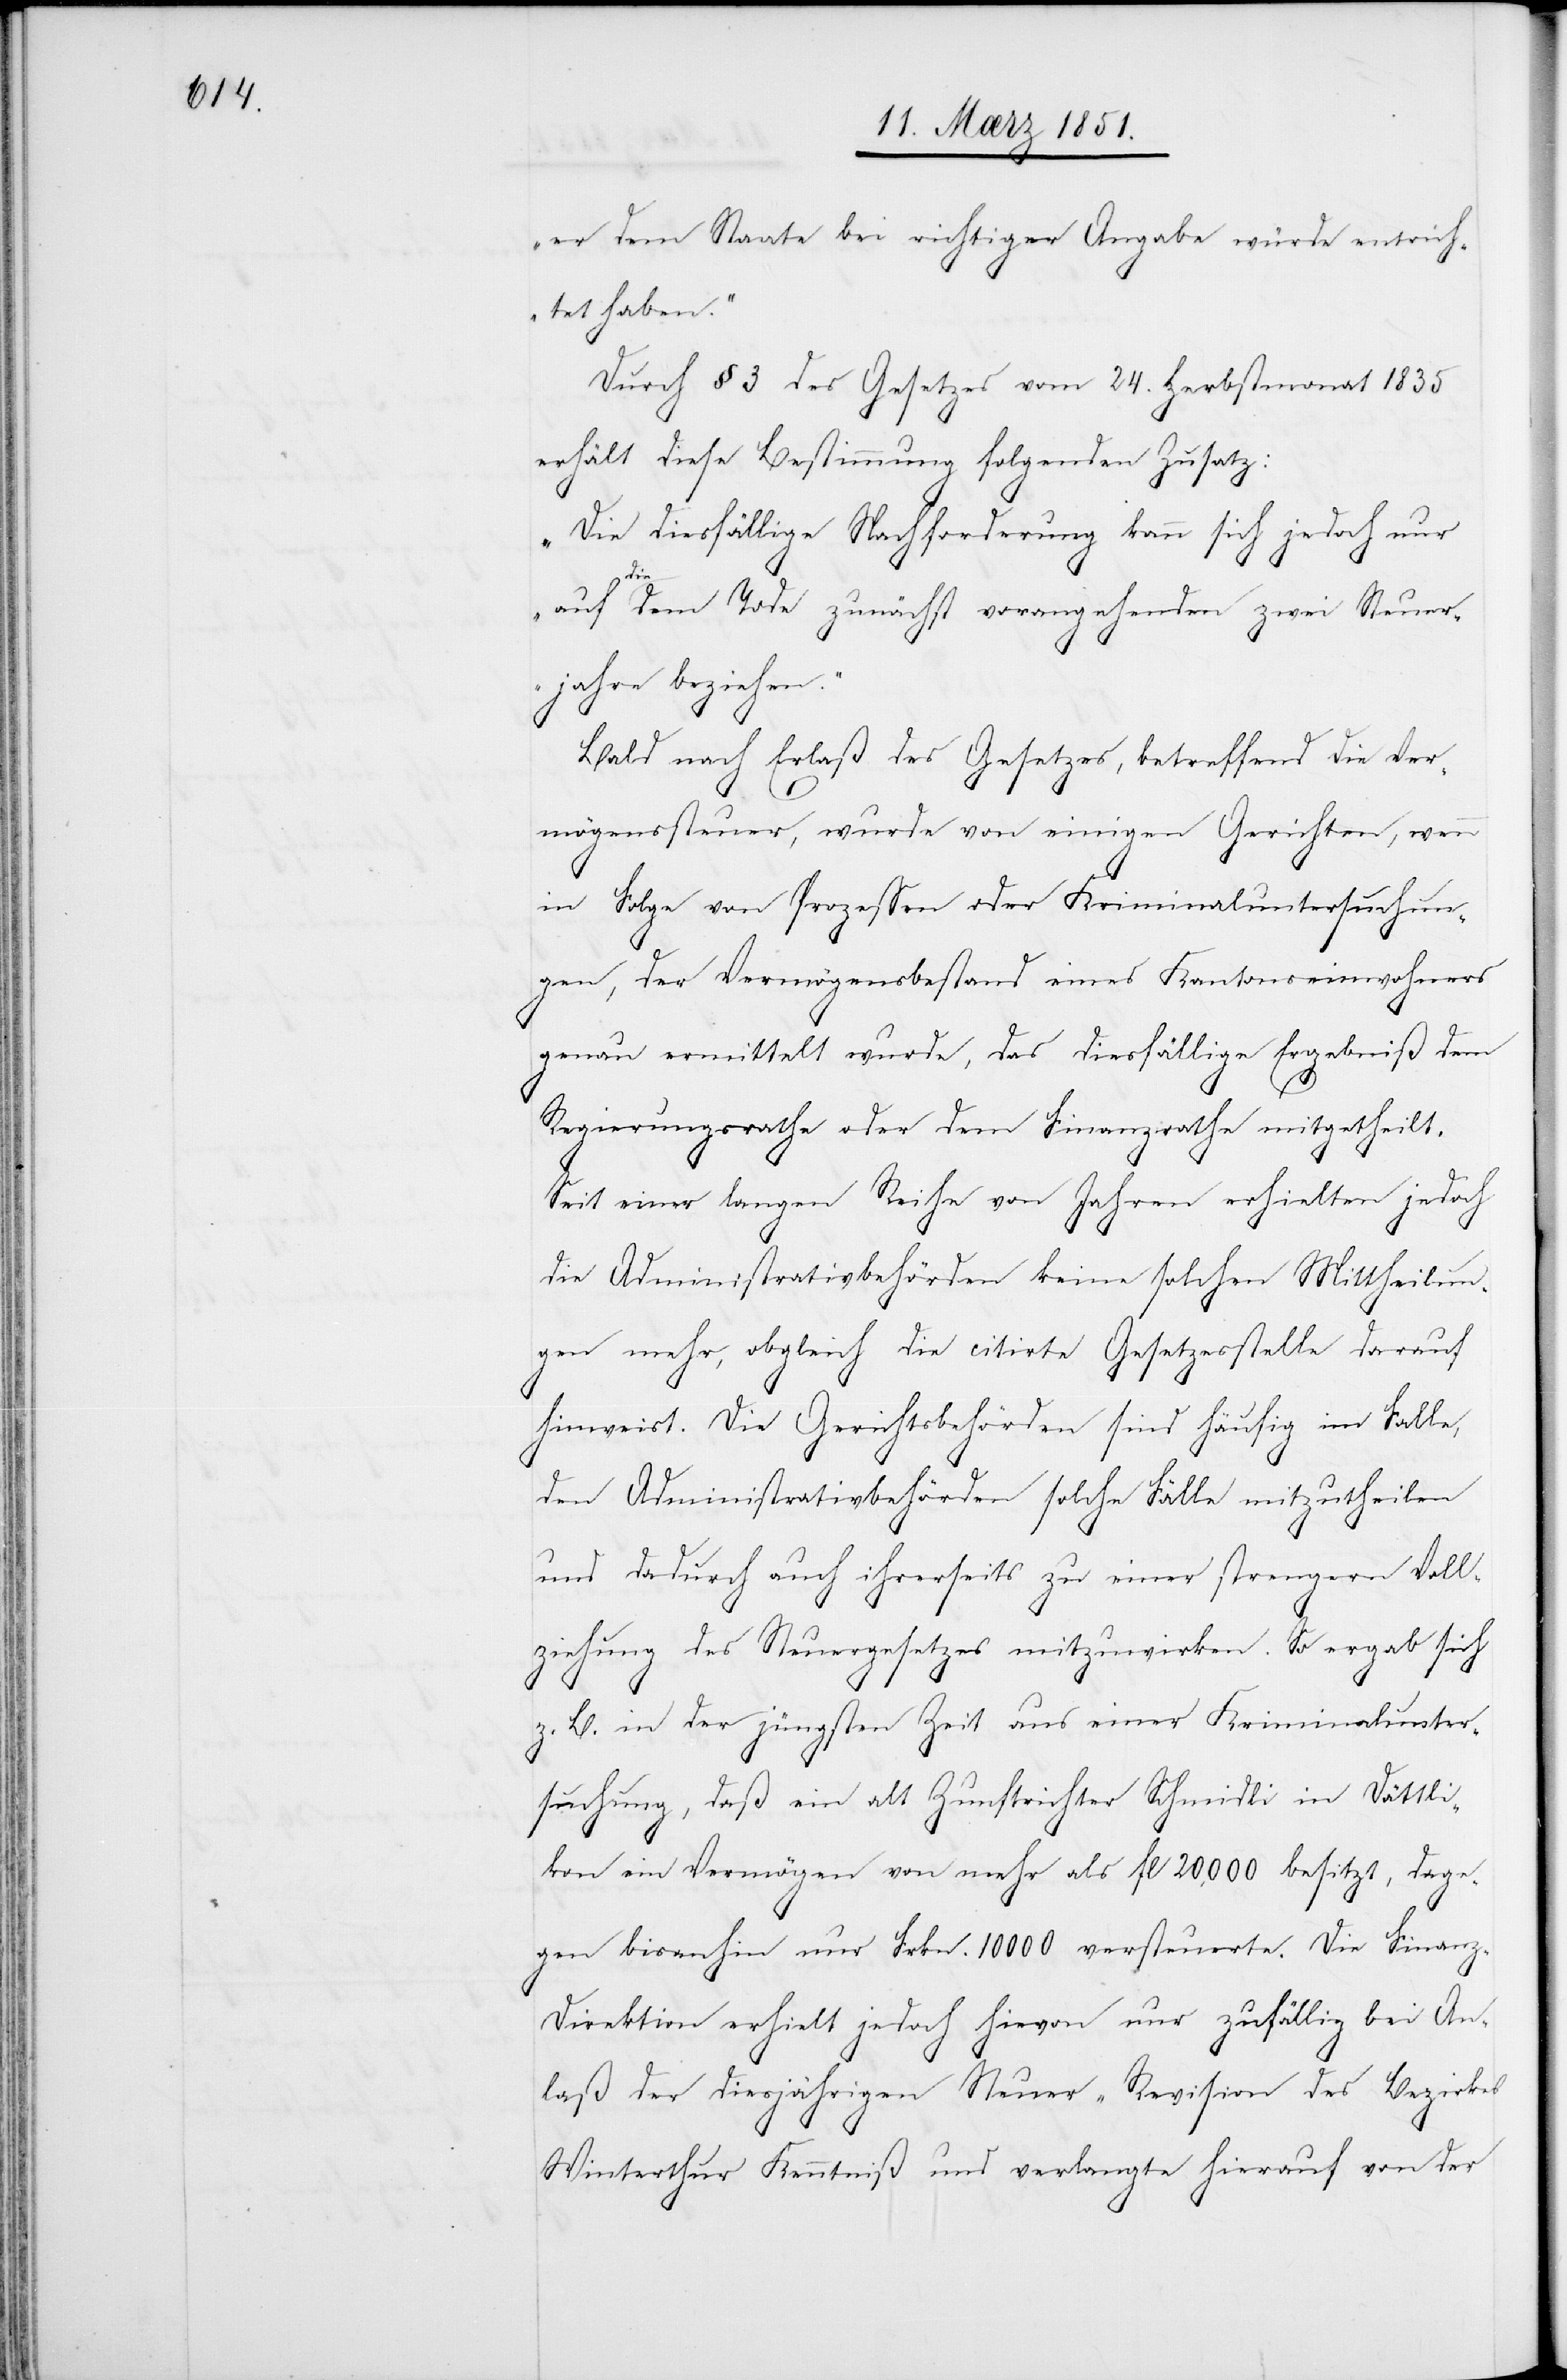
er dem Staate bei richtiger Angabe würde entrich¬
tet haben.“
Durch § 3 des Gesetzes vom 24. Herbstmonat 1835
erhält diese Bestimmung folgenden Zusatz:
„Die diesfällige Nachforderung kann sich jedoch nur
auf die dem Tode zunächst vorangehenden zwei Steuer¬
jahre beziehen.“
Bald nach Erlaß des Gesetzes, betreffend die Ver¬
mögenssteuer, wurde von einigen Gerichten, wenn
in Folge von Prozessen oder Kriminaluntersuchun¬
gen, der Vermögensbestand eines Kantonseinwohners
genau ermittelt wurde, das diesfällige Ergebniß dem
Regierungsrathe oder dem Finanzrathe mitgetheilt.
Seit einer langen Reihe von Jahren erhielten jedoch
die Administrativbehörden keine solchen Mittheilun¬
gen mehr, obgleich die citirte Gesetzesstelle darauf
hinweist. Die Gerichtsbehörden sind häufig im Falle,
den Administrativbehörden solche Fälle mitzutheilen
und dadurch auch ihrerseits zu einer strengern Voll¬
ziehung des Steuergesetzes mitzuwirken. So ergab sich
z. B. in der jüngsten Zeit aus einer Kriminalunter¬
suchung, daß ein alt Zunftrichter Schmidli in Dättli¬
kon ein Vermögen von mehr als fl 20,000 besitzt, dage¬
gen bisanhin nur Frkn. 10000 versteuerte. Die Finan¬
z-Direktion erhielt jedoch hievon nur zufällig bei An¬
laß der diesjährigen Steuer-Revision des Bezirkes
Winterthur Kenntniß und verlangte hierauf von der